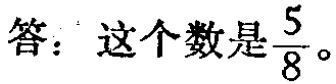
答：这个数是$\frac{5}{8}$。